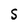
Character: S